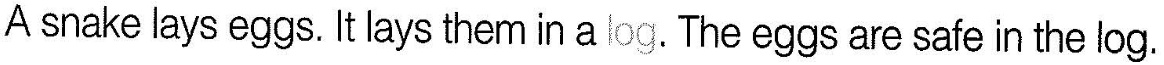
A snake lays eggs. It lays them in a log. The eggs are safe in the log.